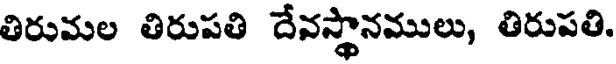
తిరుమల తిరుపతి దేవస్థానములు, తిరుపతి.